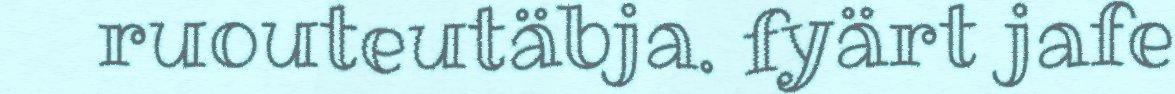
ruouteutäbja. fyärt jafe